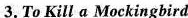
3. To Kill a Mockingbird